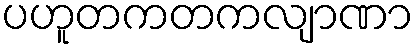
ပဟူတကတကလျာဏာ